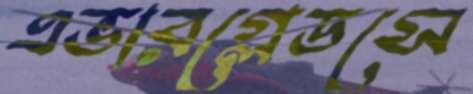
এভারগ্লেডসে